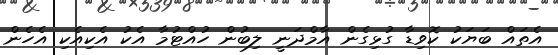
އެތައް ބަޔަކު ކޮވިޑާ ގުޅިގެން އާމްދަނީ ލިބުން ހުއްޓުމާ އެކު އެކިއެކި އެހެން